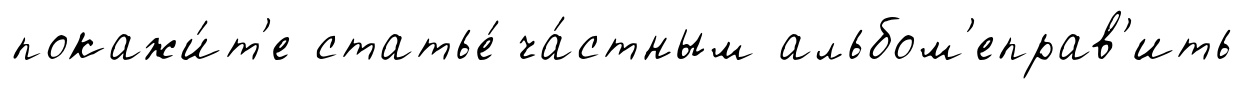
покажи́т'е статье́ ча́стным альбом'еправ'ить